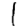
Digit: 1